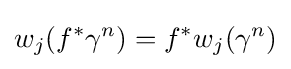
w_{j}(f^{*}\gamma ^{n})=f^{*}w_{j}(\gamma ^{n})